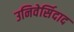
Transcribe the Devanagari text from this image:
उनिवेर्सिदाद